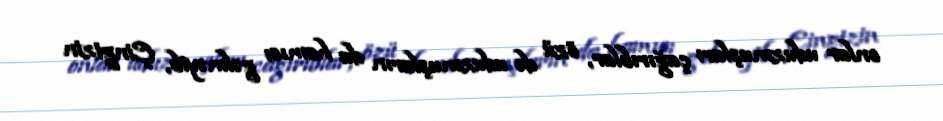
onlar uduzmuşları çağırıblar, özü də uduzmuşların da hamısı gəlməyib, Çingizin